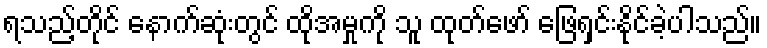
ရသည့်တိုင် နောက်ဆုံးတွင် ထိုအမှုကို သူ ထုတ်ဖော် ဖြေရှင်းနိုင်ခဲ့ပါသည်။